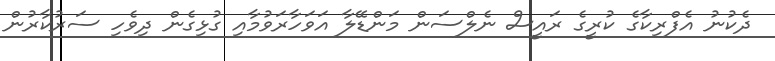
ދެކުނު އެފްރިކާގެ ކުރީގެ ރައީސް ނެލްސަން މަންޑޭލާ އަވަހާރަވުމާއި ގުޅިގެން ދިވެހި ސަރުކާރުން